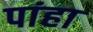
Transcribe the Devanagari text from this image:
पांहा